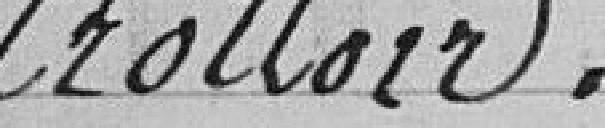
trottoir.